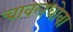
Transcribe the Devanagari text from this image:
चावलधोवा